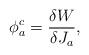
LaTeX: \begin{align*}\phi^{c}_{a}=\frac{\delta W}{\delta J_{a}},\end{align*}